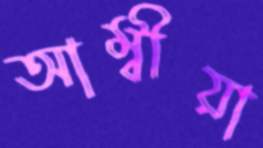
আম্বীয়া